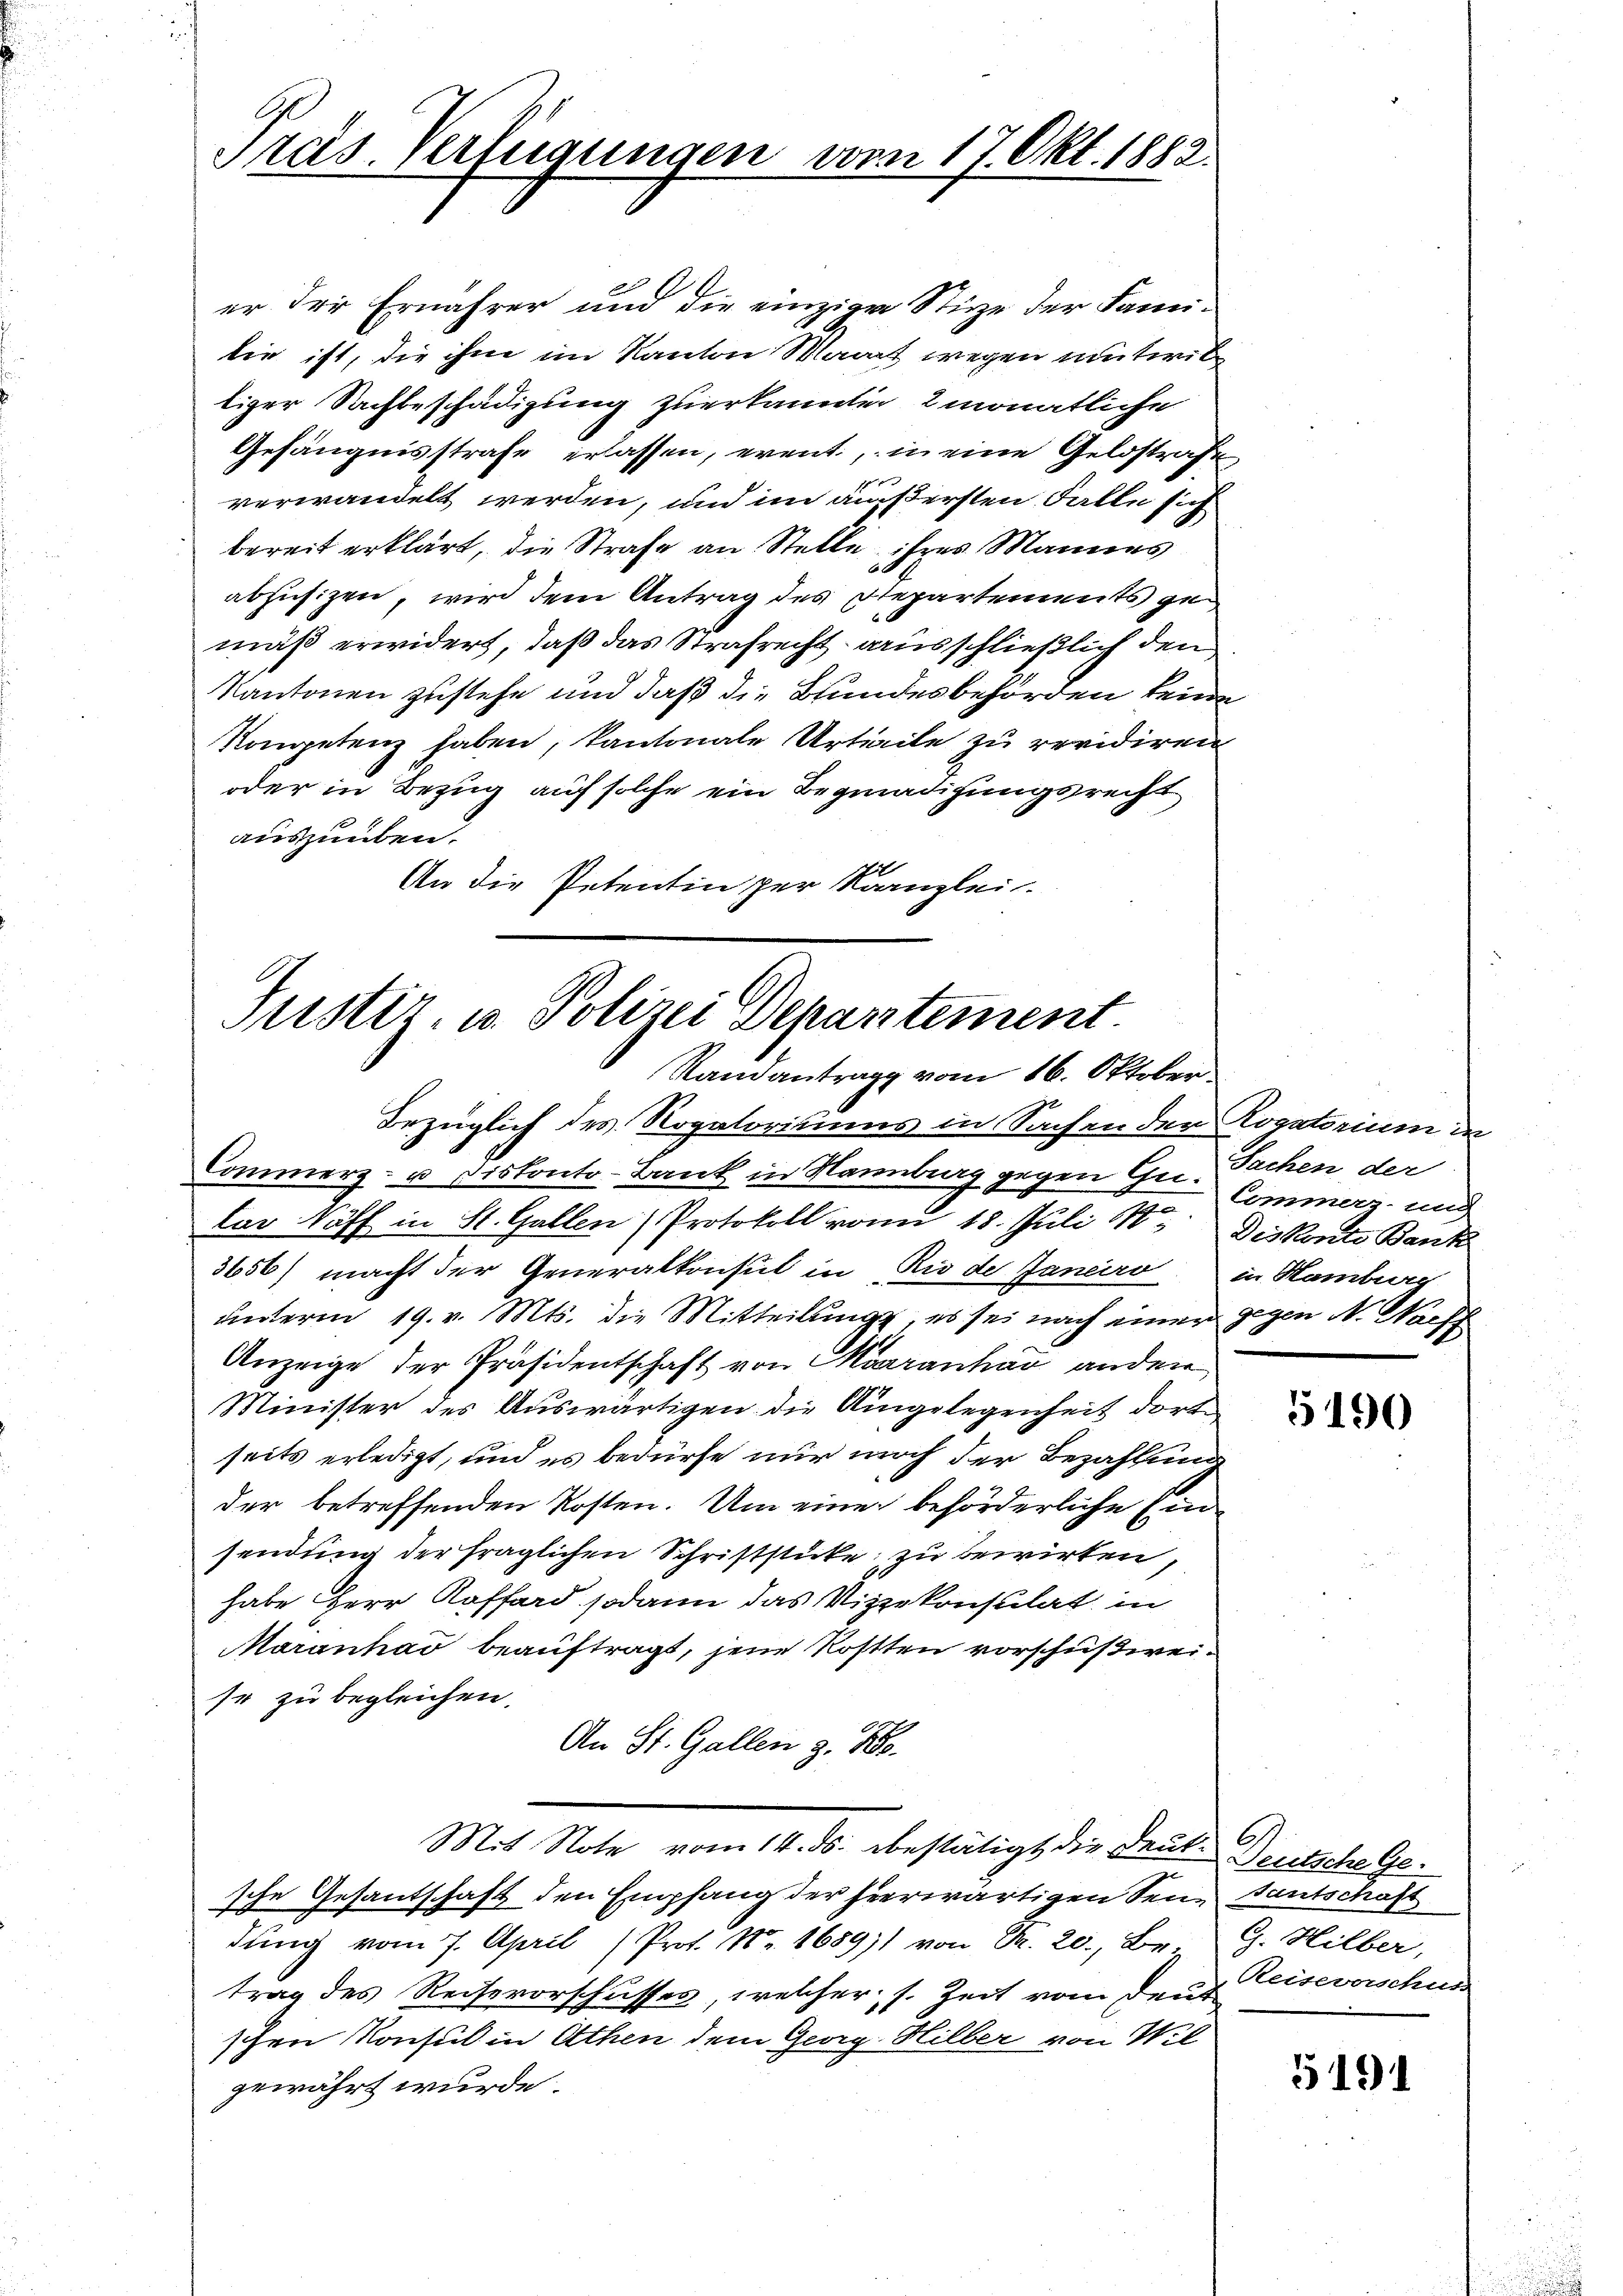
Präs. Verfügungen vom 17. Okt. 1882.

Justiz- u. Polizei Depantement
Randantrag vom 16. Oktober

er der Ernährer und die einzige Stize der Familie ist, die ihm im Kanton Maart wegen unterbe
liger Nachbeschädigung zuerkannten 2monatliche
Gefängnisstrafe erlassen, erent, in eine Geldstrafe
verwandelt werden, und im äußersten Falle sich
bereit erklärt, die Strafe an Stelle ihres Mannes
6
abhüsizen, wird dem Antrag des Departements gemäß erwidert, daß das Strafrecht ausschließlich den
Kantonen zustehe und daß die Bundesbehörden keine
Kompetenz haben, kantonale Urteile zu revidiren
oder in Bezug auf solche ein Begnadigungsrecht
auszuüben.
An die Petentin per Kanzlei.

Bezüglich des Rogatoriums in Sachen der Rogatorium i
Commerz- u Pistonto- Bank in Mannbrg gegen Gui- Sachen der
Das Säff in St. Gallen (Protokoll von 18. Juli M. Diskonto Bank
3656) macht der Generalkonsul in „Rio de Janeiro in Hamburg
unterm 19. v. Mts. die Mitteilung, es sei nach einer gegen N. Nach
Anzeige der Präsidentschaft von Marranhar andere
Minister des Auswärtigen die Angelegenheit dort
seits erledigt, und es bedürfe nur noch der Bezahlung
der betreffenden Kosten. Um eine beförderliche Einsendung der fraglichen Schriftstücke; zu bewirken,
habe Herr Kaffard sodann das Vizekonsulat in
Maranhad beauftragt, jene Rostten vorschußweise zu begleichen.
An St. Gallen z. B.
Mit Note vom 14. ds. bestätigt die Deut-
sche Gesantschaft den Empfang der hierwärtigen Sendung vom 7. April (Prof. Nr. 1689) von Fr. 20. Be-
trag des Reiserorschusses, welcher s. Zeit vom Deut
schen Konsul in Athen dem Georg Hilber von Wil
gewährt wurde.

Commerzung

5190

G.
Teutsche Ge¬
Santschaft
G. Hilber,
Reiseverschuss

5191